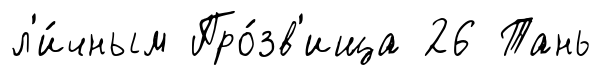
л'и́чным Про́зв'ища 26 Тань